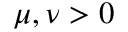
\mu , \nu > 0